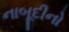
નાબૂદીનો